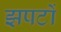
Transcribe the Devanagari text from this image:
झपटों